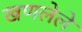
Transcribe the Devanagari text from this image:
खणलेले